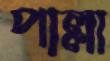
পাল্লা